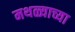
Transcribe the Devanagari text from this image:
मथळ्याच्या